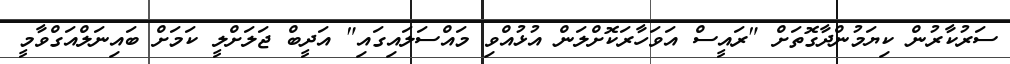
ސަރުކާރުން ކިޔަމުންދާގޮތަށް "ރައީސް އަވަހާރަކޮށްލަން އުޅުއްވި މައްސަލައިގައި" އަދީބް ޖަލަށްލީ ކަމަށް ބައިނަލްއަގްވާމީ